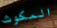
المكوث